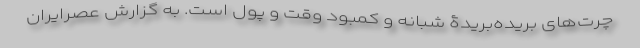
چرت‌های بریده‌بریدۀ شبانه و کمبود وقت و پول است. به گزارش عصرایران